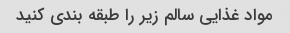
مواد غذایی سالم زیر را طبقه بندی کنید